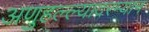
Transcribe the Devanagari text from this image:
अणुहल्ल्यादरम्यान